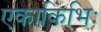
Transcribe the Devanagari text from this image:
एकाकिभिः